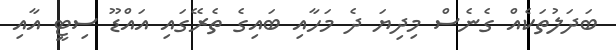
ބަދަލުތަކެއް ގެނެސް މިދިޔަ ދެ މަހާއި ބައިގެ ތެރޭގައި އައްޑޫ ސިޓީ އާއި